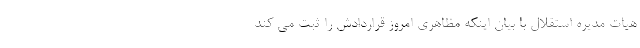
هیات مدیره استقلال با بیان اینکه مظاهری امروز قراردادش را ثبت می کند